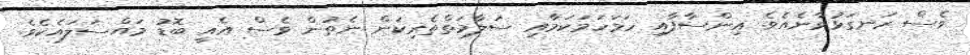
ވެސް ރަނގަޅުވާނެއެވެ. އިންސާފާއި ހަމަހަމަކަމާއި ސަލާމަތްތެރިކަން ނެތުން ވެސް އެއީ ބޮޑު މައްސަލައެކެވެ.